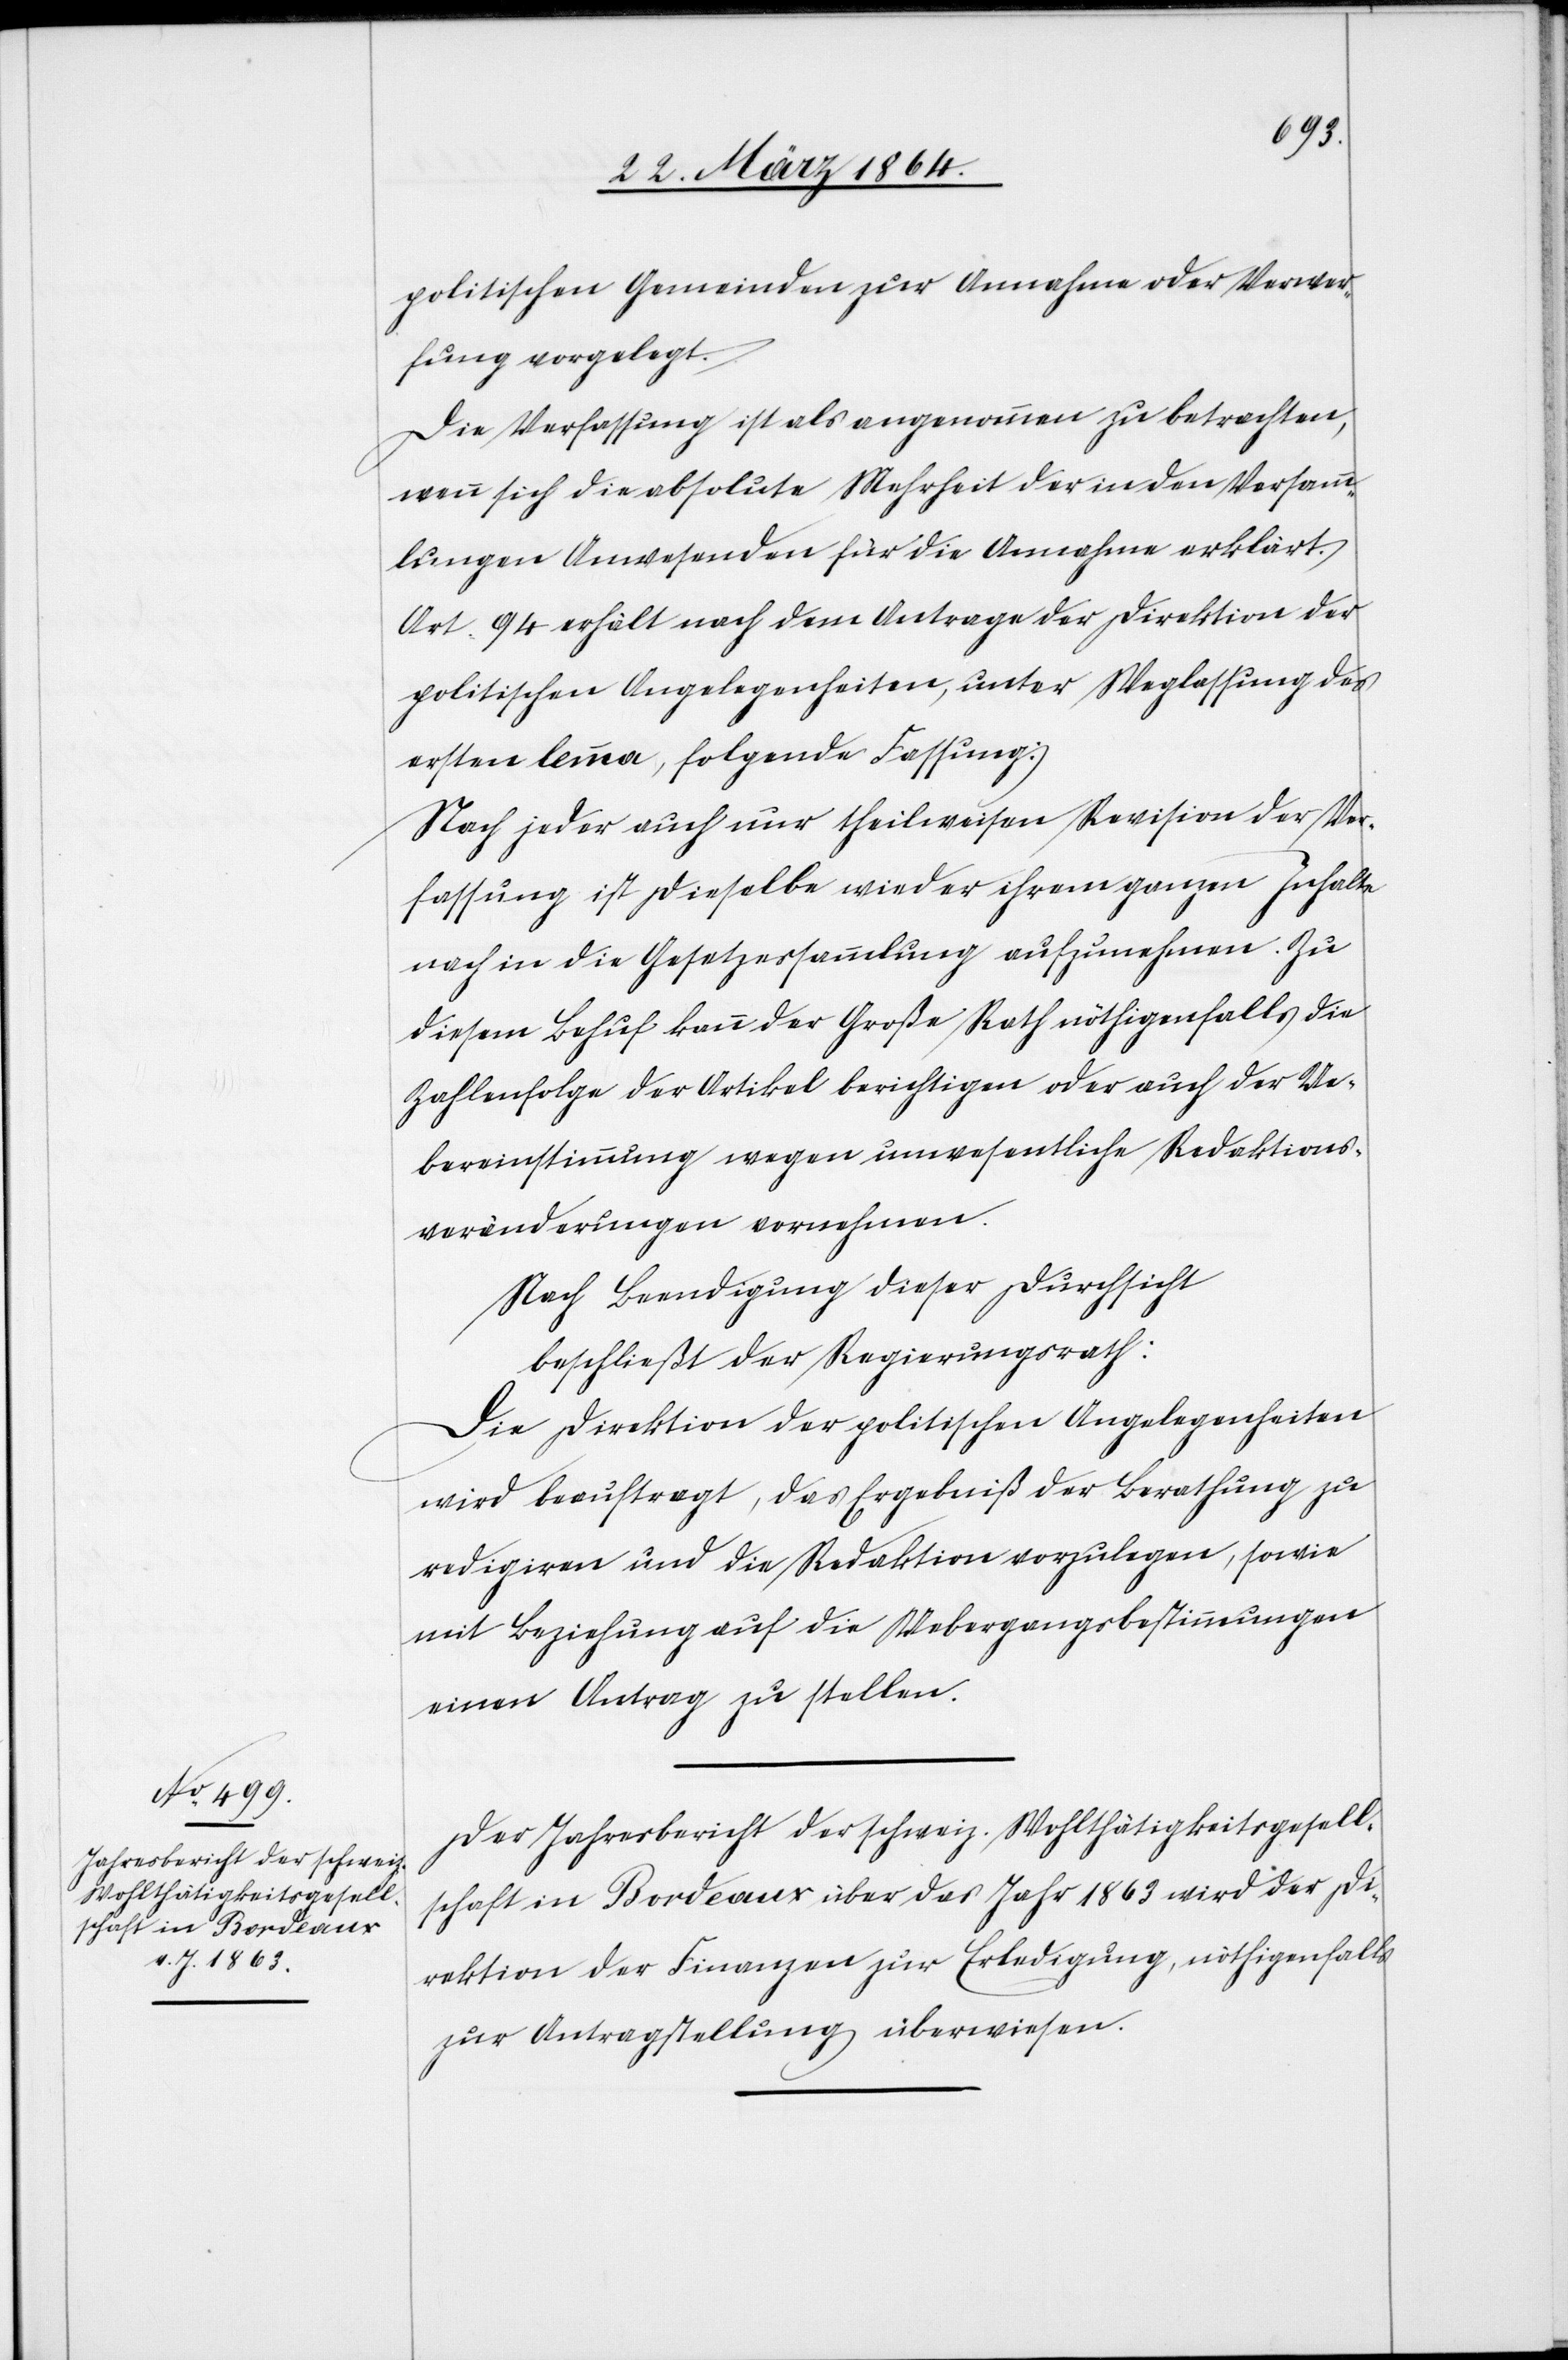
politischen Gemeinden zur Annahme oder Verwer¬
fung vorgelegt.
Die Verfassung ist als angenommen zu betrachten,
wenn sich die absolute Mehrheit der in den Versamm¬
lungen Anwesenden für die Annahme erklärt.
Art. 94 erhält nach dem Antrage der Direktion der
politischen Angelegenheiten, unter Weglassung des
ersten lemma, folgende Fassung:
Nach jeder auch nur theilweisen Revision der Ver¬
fassung ist dieselbe wieder ihrem ganzen Inhalte
nach in die Gesetzessammlung aufzunehmen. Zu
diesem Behuf kann der Große Rath nöthigenfalls die
Zahlenfolge der Artikel berichtigen oder auch der Ue¬
bereinstimmung wegen unwesentliche Redaktions¬
veränderungen vornehmen.
Nach Beendigung dieser Durchsicht
beschließt der Regierungsrath:
Die Direktion der politischen Angelegenheiten
wird beauftragt, das Ergebniß der Berathung zu
redigiren und die Redaktion vorzulegen, sowie
mit Beziehung auf die Uebergangsbestimmungen
einen Antrag zu stellen.
Der Jahresbericht der schweiz. Wohltätigkeitsgesell¬
schaft in Bordeaux über das Jahr 1863 wird der Di¬
rektion der Finanzen zur Erledigung, nöthigenfalls
zur Antragstellung überwiesen.